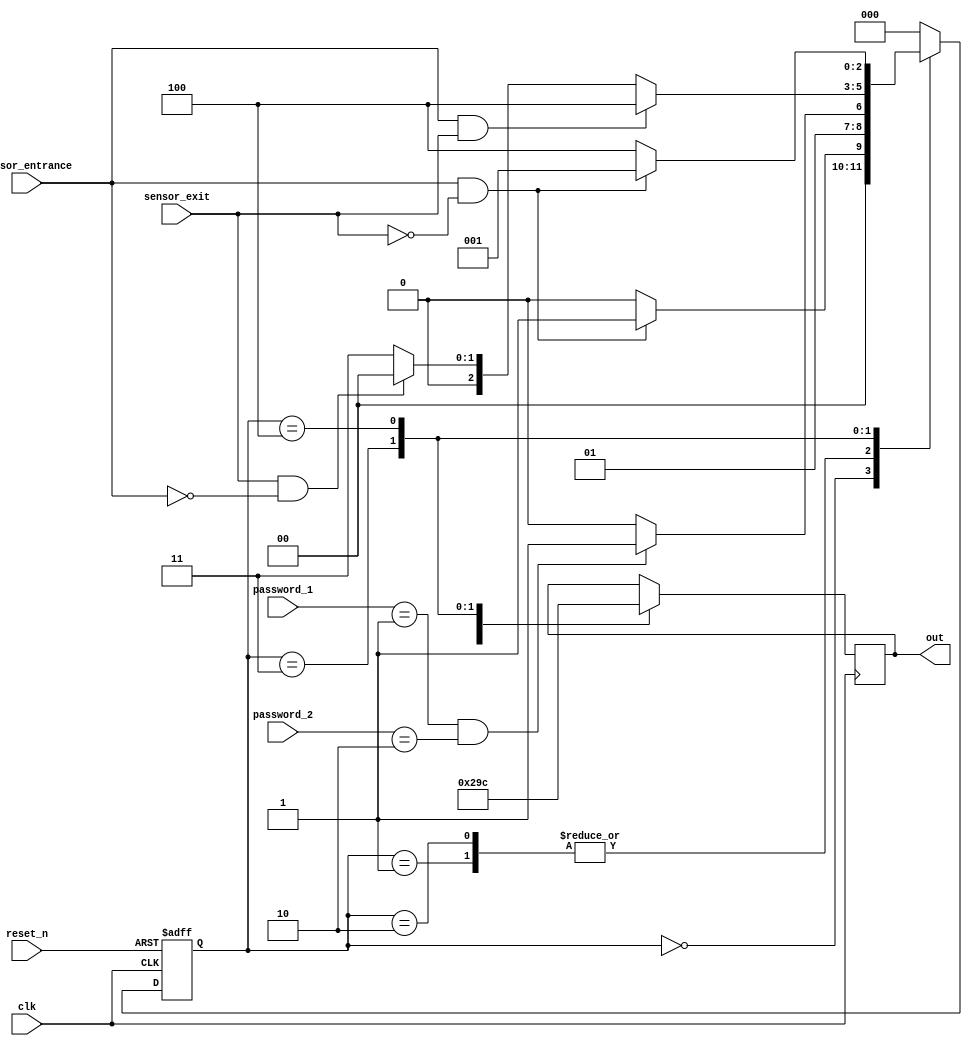
module parking_system( 
                input clk,reset_n,
 input sensor_entrance, sensor_exit, 
 input [1:0] password_1, password_2,
 output reg [2:0] out
    );
 parameter IDLE = 3'b000, WAIT_PASSWORD = 3'b001, WRONG_PASS = 3'b010, RIGHT_PASS = 3'b011,STOP = 3'b100;

 reg[2:0] current_state, next_state;
 // Next state
 always @(posedge clk or negedge reset_n)
 begin
 if(~reset_n) 
 current_state = IDLE;
 else
 current_state = next_state;
 end


 always @(*)
 begin
 case(current_state)
 IDLE: begin
         if(sensor_entrance == 1 && sensor_exit== 0)
 next_state = WAIT_PASSWORD;
 else
 next_state = IDLE;
 end
 WAIT_PASSWORD: begin
 if((password_1==2'b01)&&(password_2==2'b10))
 next_state = RIGHT_PASS;
 else
 next_state = WRONG_PASS;
 end

 WRONG_PASS: begin
 if((password_1==2'b01)&&(password_2==2'b10))
 next_state = RIGHT_PASS;
 else
 next_state = WRONG_PASS;
 end
 RIGHT_PASS: begin
 if(sensor_entrance==1 && sensor_exit == 1)
 next_state = STOP;
 else if(sensor_exit == 1 && sensor_entrance==0)
 next_state = IDLE;
 else
 next_state = RIGHT_PASS;
 end
 STOP: begin
 if(sensor_entrance==1 && sensor_exit==0)
 next_state = WAIT_PASSWORD;
 else
 next_state = STOP;
 end
 default: next_state = IDLE;
 endcase
 end
 // LEDs and output
 always @(posedge clk) begin 
 case(current_state)
 IDLE: begin
 out =3'b000;
 end
 WAIT_PASSWORD: begin
 out =3'b001;
 end
 WRONG_PASS: begin
 out =3'b010;
 end
 RIGHT_PASS: begin
out=3'b011;
 end
 STOP: begin
 out =3'b100;
 end
 endcase
 end

endmodule